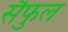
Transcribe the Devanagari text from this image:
सैफुल